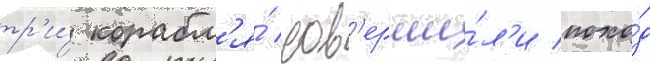
тр'и́ корабл'я́ сов'ерши́л'и похо́д